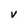
Character: V